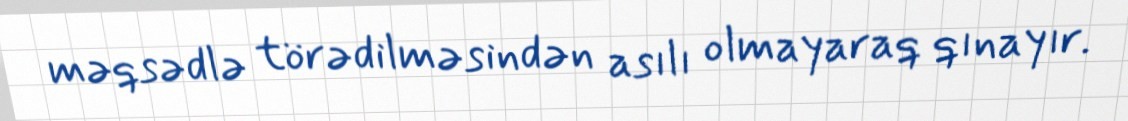
məqsədlə törədilməsindən asılı olmayaraq qınayır.